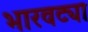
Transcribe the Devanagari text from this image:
भारवट्या